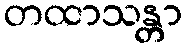
တထာသန္တာ